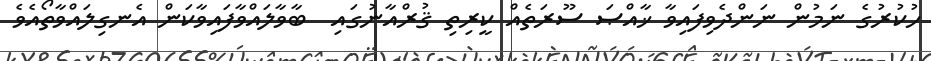
ހުކުރުގެ ނަމުން ނަންދެވިފައިވާ ޚާއްޞަ ސޫރަތެއް ކީރިތި ޤުރްއާނުގައި  ބާވާލައްވާފައިވާކަން އެނގިލައްވާތޯއެވެ